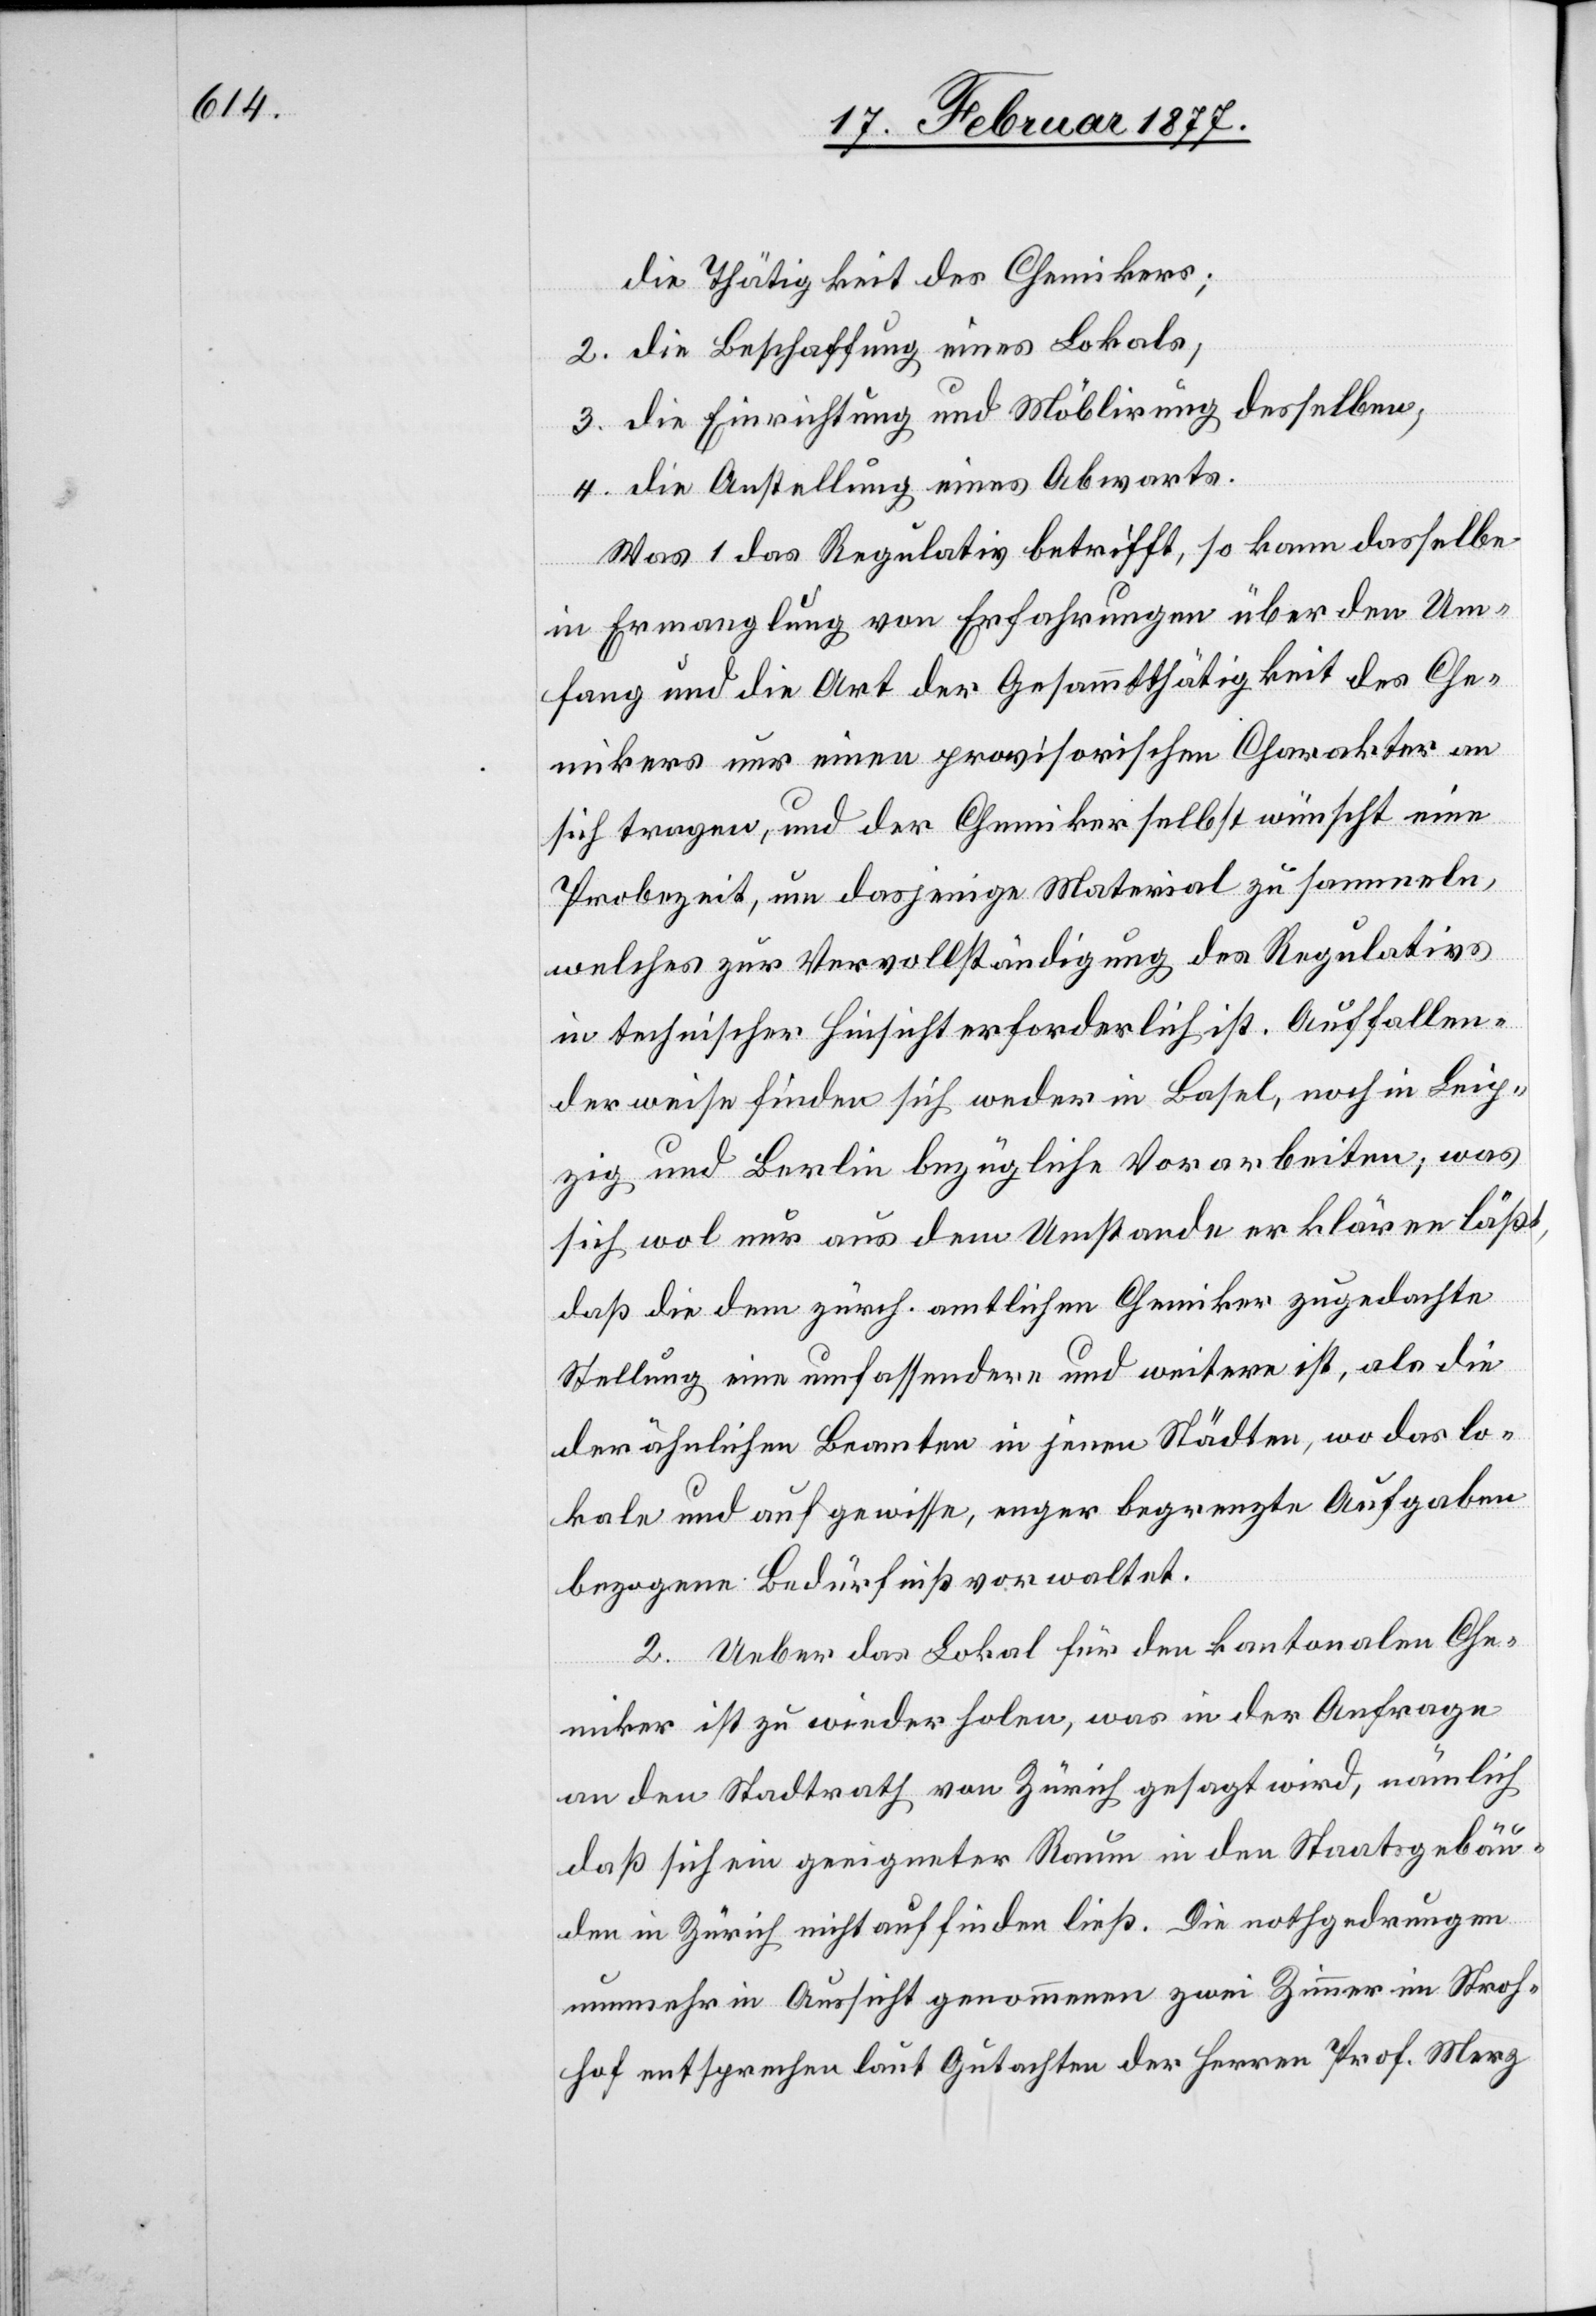
die Thätigkeit des Chemikers;
2. die Beschaffung eines Lokals;
3. die Einrichtung und Möblirung desselben;
4. die Anstellung eines Abwarts.
Was 1 das Regulativ betrifft, so kann dasselbe
in Ermangelung von Erfahrungen über den Um¬
fang und die Art der Gesammtthätigkeit des Che¬
mikers nur einen provisorischen Charakter an
sich tragen, und der Chemiker selbst wünscht eine
Probezeit, um dasjenige Material zu sammeln,
welches zur Vervollständigung des Regulativs
in technischer Hinsicht erforderlich ist. Auffallen¬
derweise finden sich weder in Basel, noch in Leip¬
zig und Berlin bezügliche Vorarbeiten; was
sich wol nur aus dem Umstande erklären läßt,
daß die dem zürch. amtlichen Chemiker zugedachte
Stellung eine umfassendere und weitere ist, als die
der ähnlichen Beamten in jenen Städten, wo das lo¬
kale und auf gewisse, enger begrenze Aufgaben
bezogene Bedürfniß vorwaltet.
2. Ueber das Lokal für den kantonalen Che¬
miker ist zu wiederholen, was in der Anfrage
an den Stadtrath von Zürich gesagt wird, nämlich
daß sich ein geeigneter Raum in den Staatsgebäu¬
den in Zürich nicht finden ließ. Die nothgedrungen
nunmehr in Aussicht genommenen zwei Zimmer im Stroh¬
hof entsprechen laut Gutachten der Herren Prof. Merz